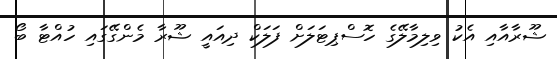
ޝޫރާއާއި އެކު ވިލިމާލޭގެ ހޮސްޕިޓަލަށް ފަލަކް ދިއައީ ޝޫރާ މެންގޭގައި ހުއްޓާ ބޯ